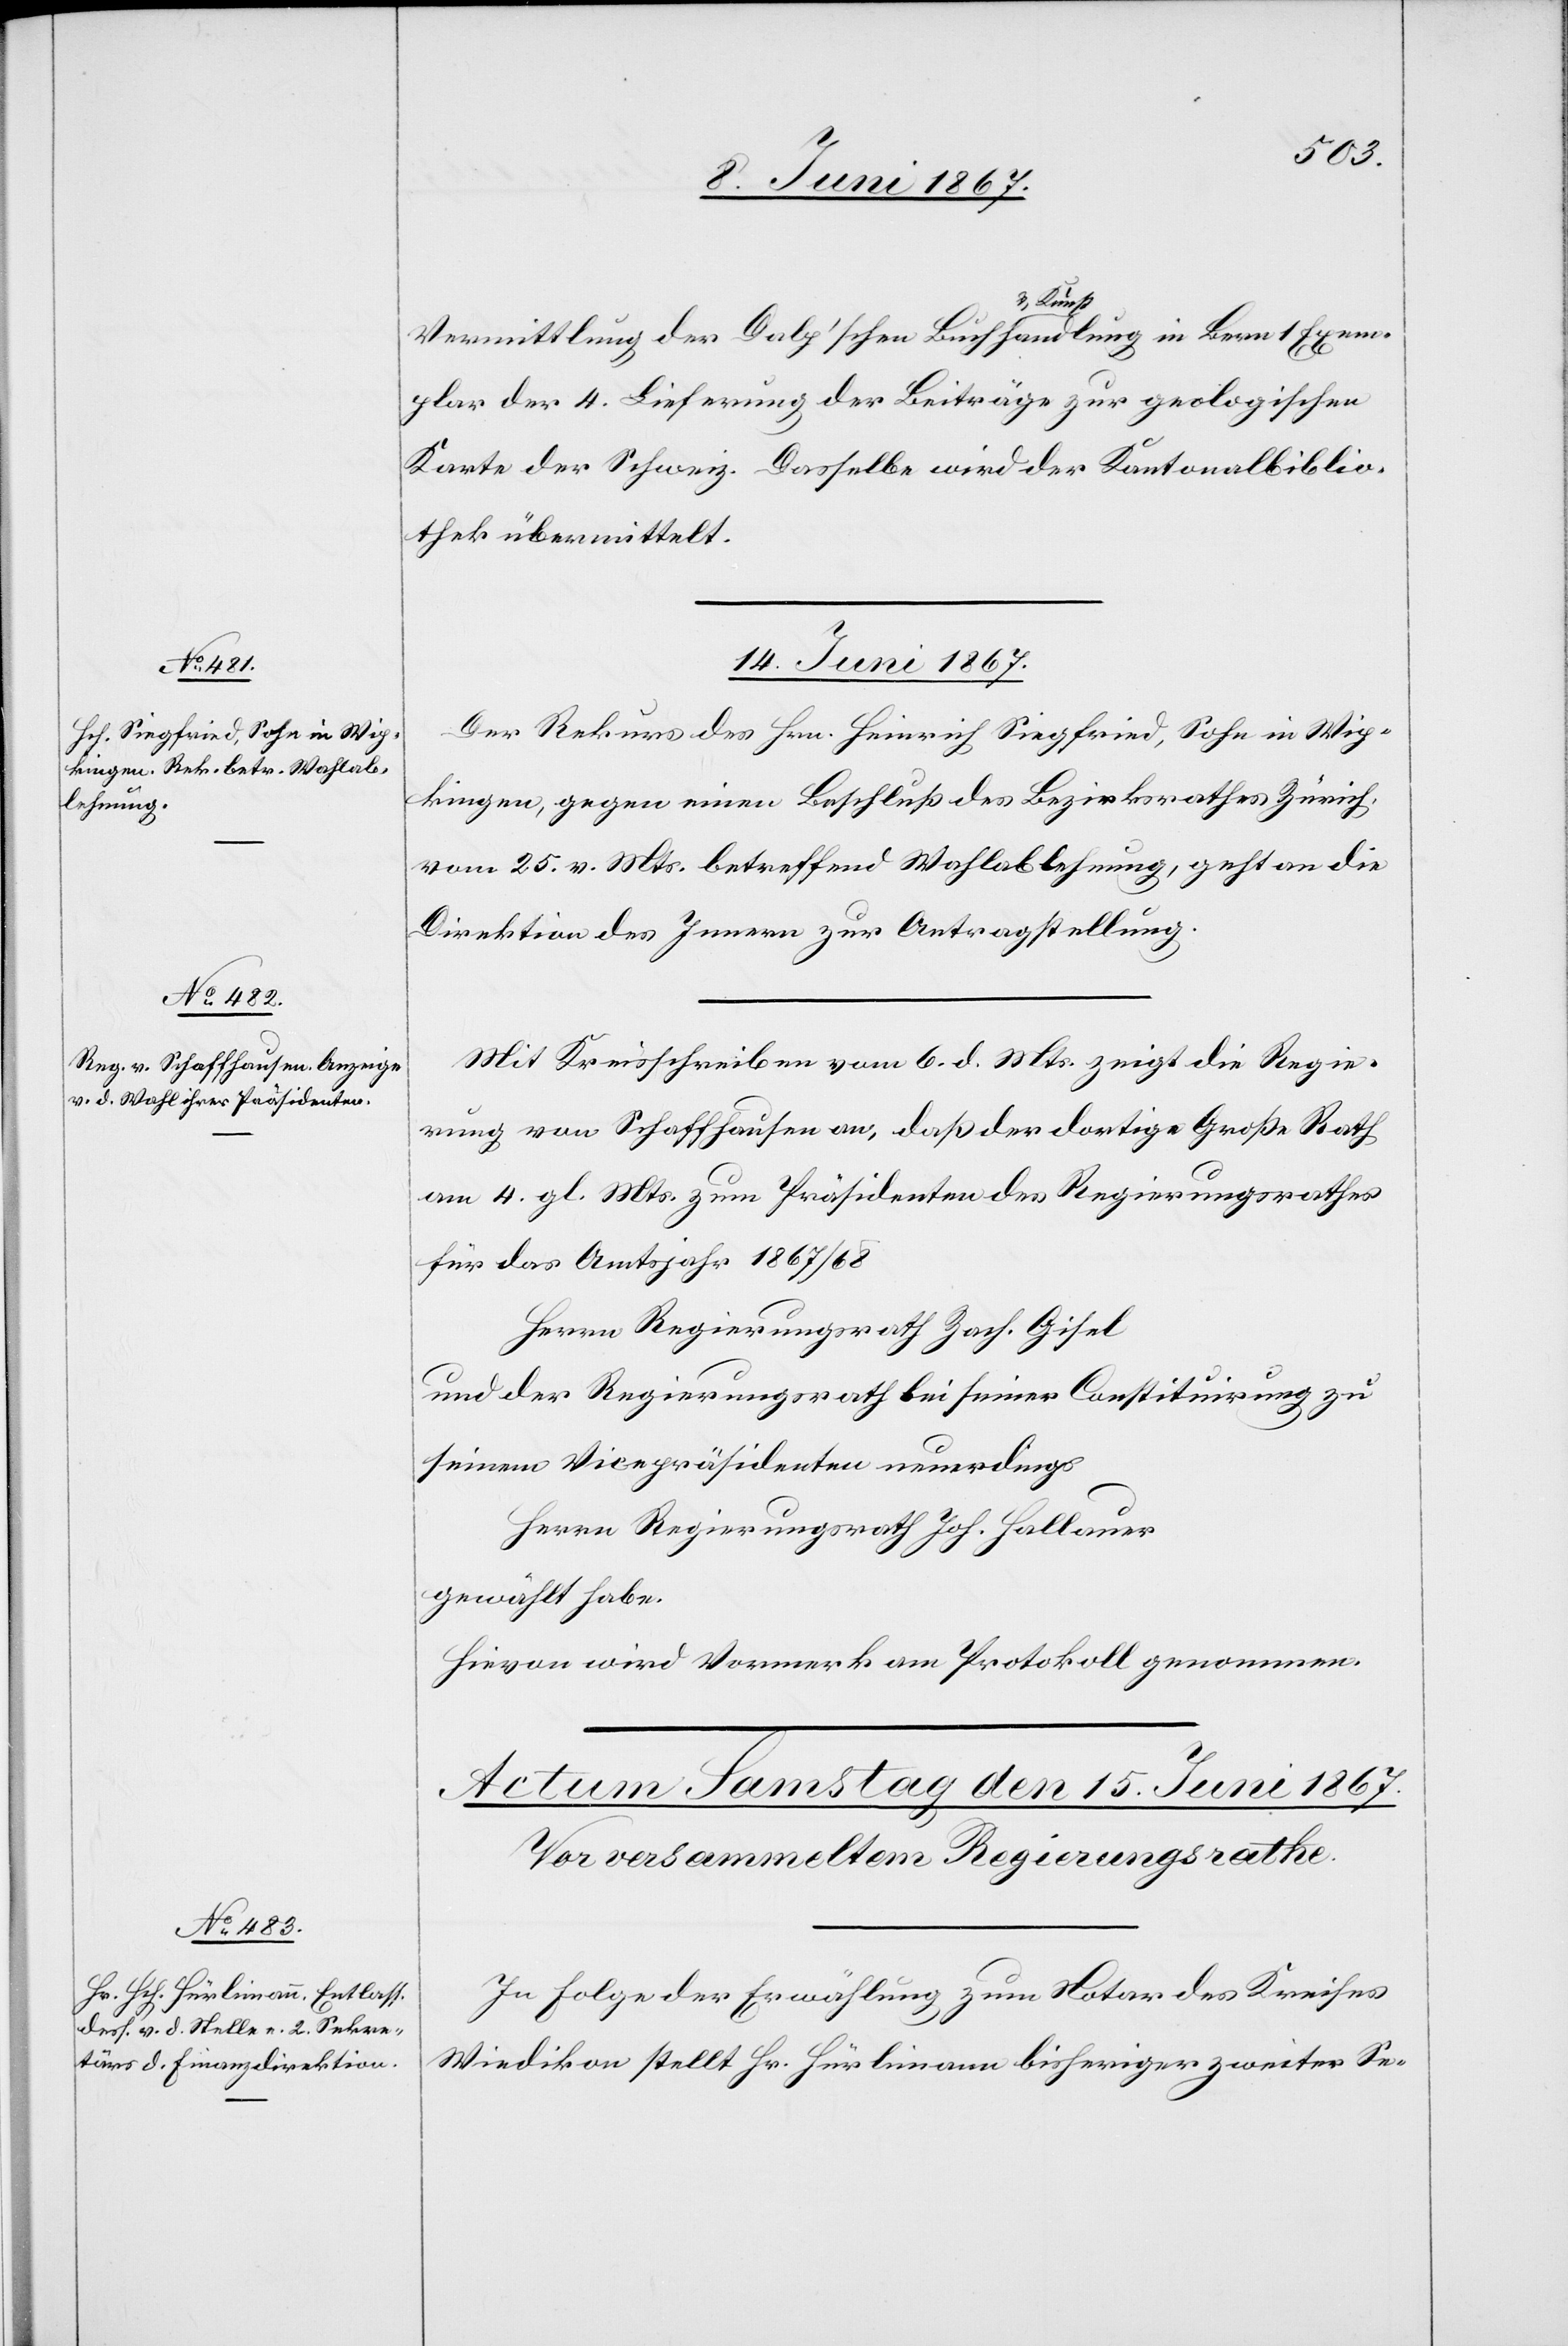
Vermittlung der Dalp’schen Buch u. Kunsthandlung in Bern 1 Exem¬
plar der 4. Lieferung der Beiträge zur geologischen
Karte der Schweiz. Dasselbe wird der Kantonalbiblio¬
thek übermittelt.
14. Juni 1867.]
Der Rekurs des Hrn. Heinrich Siegfried, Sohn in Wip¬
kingen, gegen einen Beschluß des Bezirksrathes Zürich
vom 25. v. Mts. betreffend Wahlablehnung, geht an die
Direktion des Innern zur Antragstellung.
Mit Kreisschreiben vom 6. d. Mts. zeigt die Regie¬
rung von Schaffhausen an, daß der dortige Große Rath
am 4. gl. Mts. zum Präsidenten des Regierungsrathes
für das Amtsjahr 1867/68
Herrn Regierungsrath Zach. Gisel
und der Regierungsrath bei seiner Constituirung zu
seinem Vicepräsidenten neuerdings
Herrn Regierungsrath Joh. Hallauer
gewählt habe.
Hievon wird Vormerk am Protokoll genommen.
In Folge der Erwählung zum Notar des Kreises
Wiedikon stellt Hr. Hürlimann bisheriger zweiter Se-